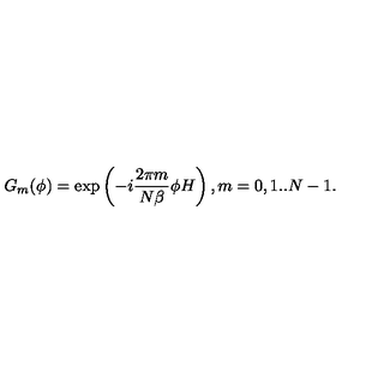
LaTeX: G _ { m } ( \phi ) = \exp \left( - i \frac { 2 \pi m } { N \beta } \phi H \right) , m = 0 , 1 . . N - 1 .